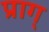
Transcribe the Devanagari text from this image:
प्राग्